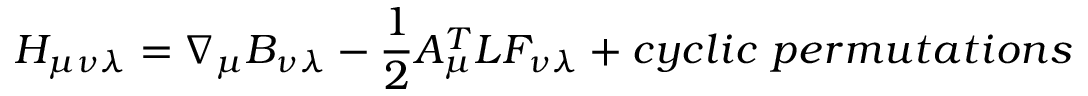
{ H } _ { \mu \nu \lambda } = \nabla _ { \mu } { B } _ { \nu \lambda } - \frac { 1 } { 2 } { \cal A } _ { \mu } ^ { T } { \cal L } { \cal F } _ { \nu \lambda } + c y c l i c ~ p e r m u t a t i o n s